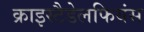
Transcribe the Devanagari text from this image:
क्राइस्टैडेलफियंस